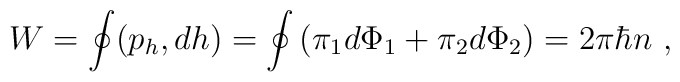
W =\oint(p_h,dh) = \oint \left(\pi_1d\Phi_1 + \pi_2d\Phi_2\right)=2\pi\hbar n\ ,